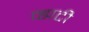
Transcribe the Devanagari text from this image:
व्ह्यटी